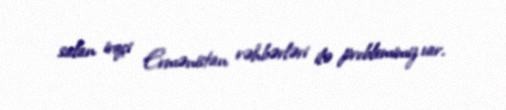
salan irqçi Ermənistan rəhbərləri ilə problemimiz var.